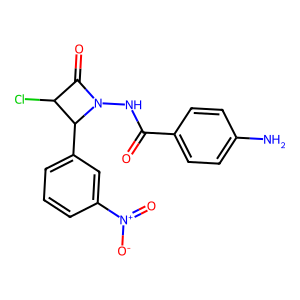
SMILES: Nc1ccc(C(=O)NN2C(=O)C(Cl)C2c2cccc([N+](=O)[O-])c2)cc1
Inhibits HIV replication: No